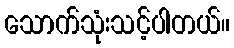
သောက်သုံးသင့်ပါတယ်။